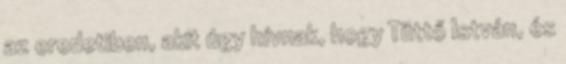
az eredetiben, akit úgy hívnak, hogy Tüttő István, és